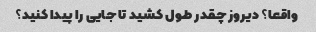
واقعا؟ دیروز چقدر طول کشید تا جایی را پیدا کنید؟